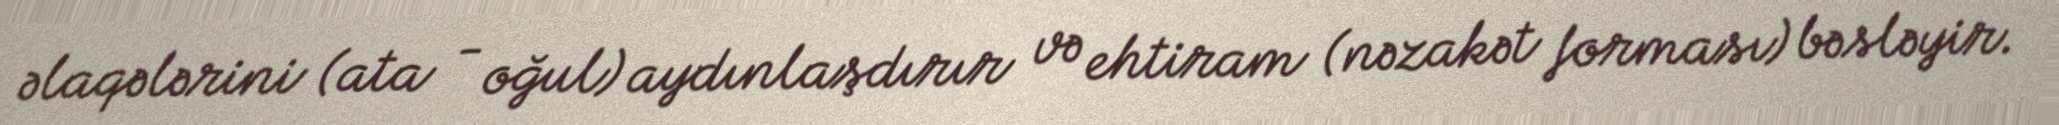
əlaqələrini (ata - oğul) aydınlaşdırır və ehtiram (nəzakət forması) bəsləyir.